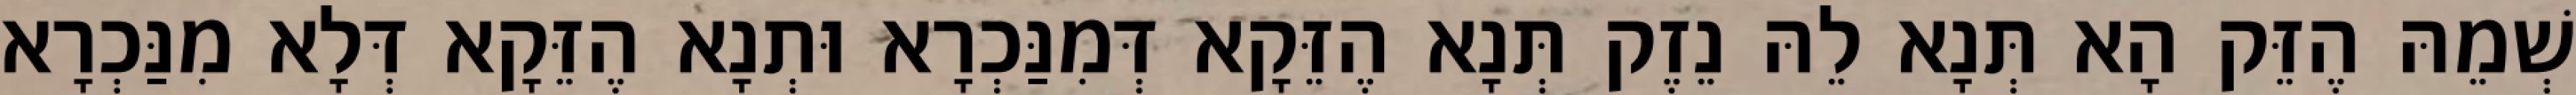
שְׁמֵהּ הֶזֵּק הָא תְּנָא לֵהּ נֵזֶק תְּנָא הֶזֵּקָא דְּמִנַּכְרָא וּתְנָא הֶזֵּקָא דְּלָא מִנַּכְרָא